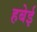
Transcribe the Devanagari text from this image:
हबेई